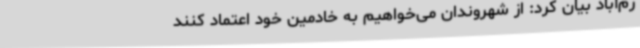
رم‌آباد بیان کرد: از شهروندان می‌خواهیم به خادمین خود اعتماد کنند